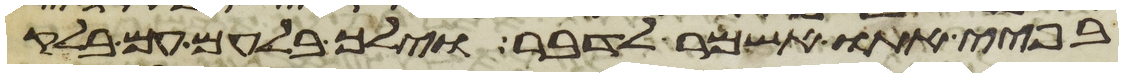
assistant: בפיי אתו אשמר לדבר וילך בלעם עם בלק